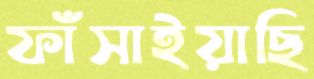
ফাঁসাইয়াছি